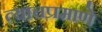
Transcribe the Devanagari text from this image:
त्‍याचप्रमाणे